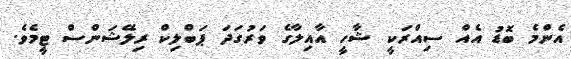
އެންމެ ބޮޑު އެއް ސިއްރަކީ ޝާހީ އާއިލާގެ ވަރުގަދަ ޕަބްލިކް ރިލޭޝަންސް ޓީމެވެ.